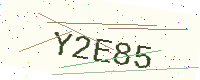
Text: Y2E85